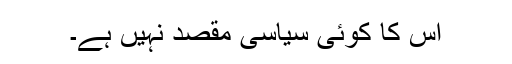
اس کا کوئی سیاسی مقصد نہیں ہے۔